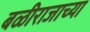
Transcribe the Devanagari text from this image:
बळीराजाच्या